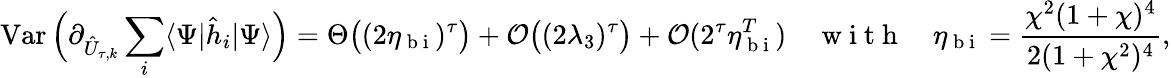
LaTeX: \operatorname{Var}\Big(\partial_{\hat{U}_{\tau,k}}\sum_{i}\langle\Psi|\hat{h}_{i}|\Psi\rangle\Big)=\Theta\big((2\eta_{\mathrm{~b~i~}})^{\tau}\big)+\mathcal{O}\big((2\lambda_{3})^{\tau}\big)+\mathcal{O}(2^{\tau}\eta_{\mathrm{~b~i~}}^{T})\quad\mathrm{~w~i~t~h~}\quad\eta_{\mathrm{~b~i~}}=\frac{\chi^{2}(1+\chi)^{4}}{2(1+\chi^{2})^{4}},